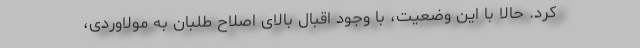
کرد. حالا با این وضعیت، با وجود اقبال بالای اصلاح طلبان به مولاوردی،